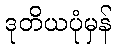
ဒုတိယပုံမှန်